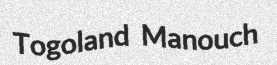
Togoland Manouch